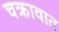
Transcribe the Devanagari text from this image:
चक्रावात